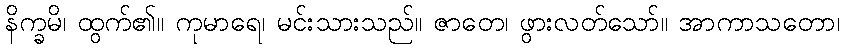
နိက္ခမိ၊ ထွက်၏။ ကုမာရေ၊ မင်းသားသည်။ ဇာတေ၊ ဖွားလတ်သော်။ အာကာသတော၊